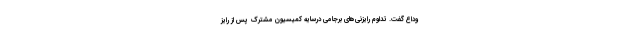
وداع گفت. تداوم رایزنی‌های برجامی درسایه کمیسیون مشترک پس از رایز